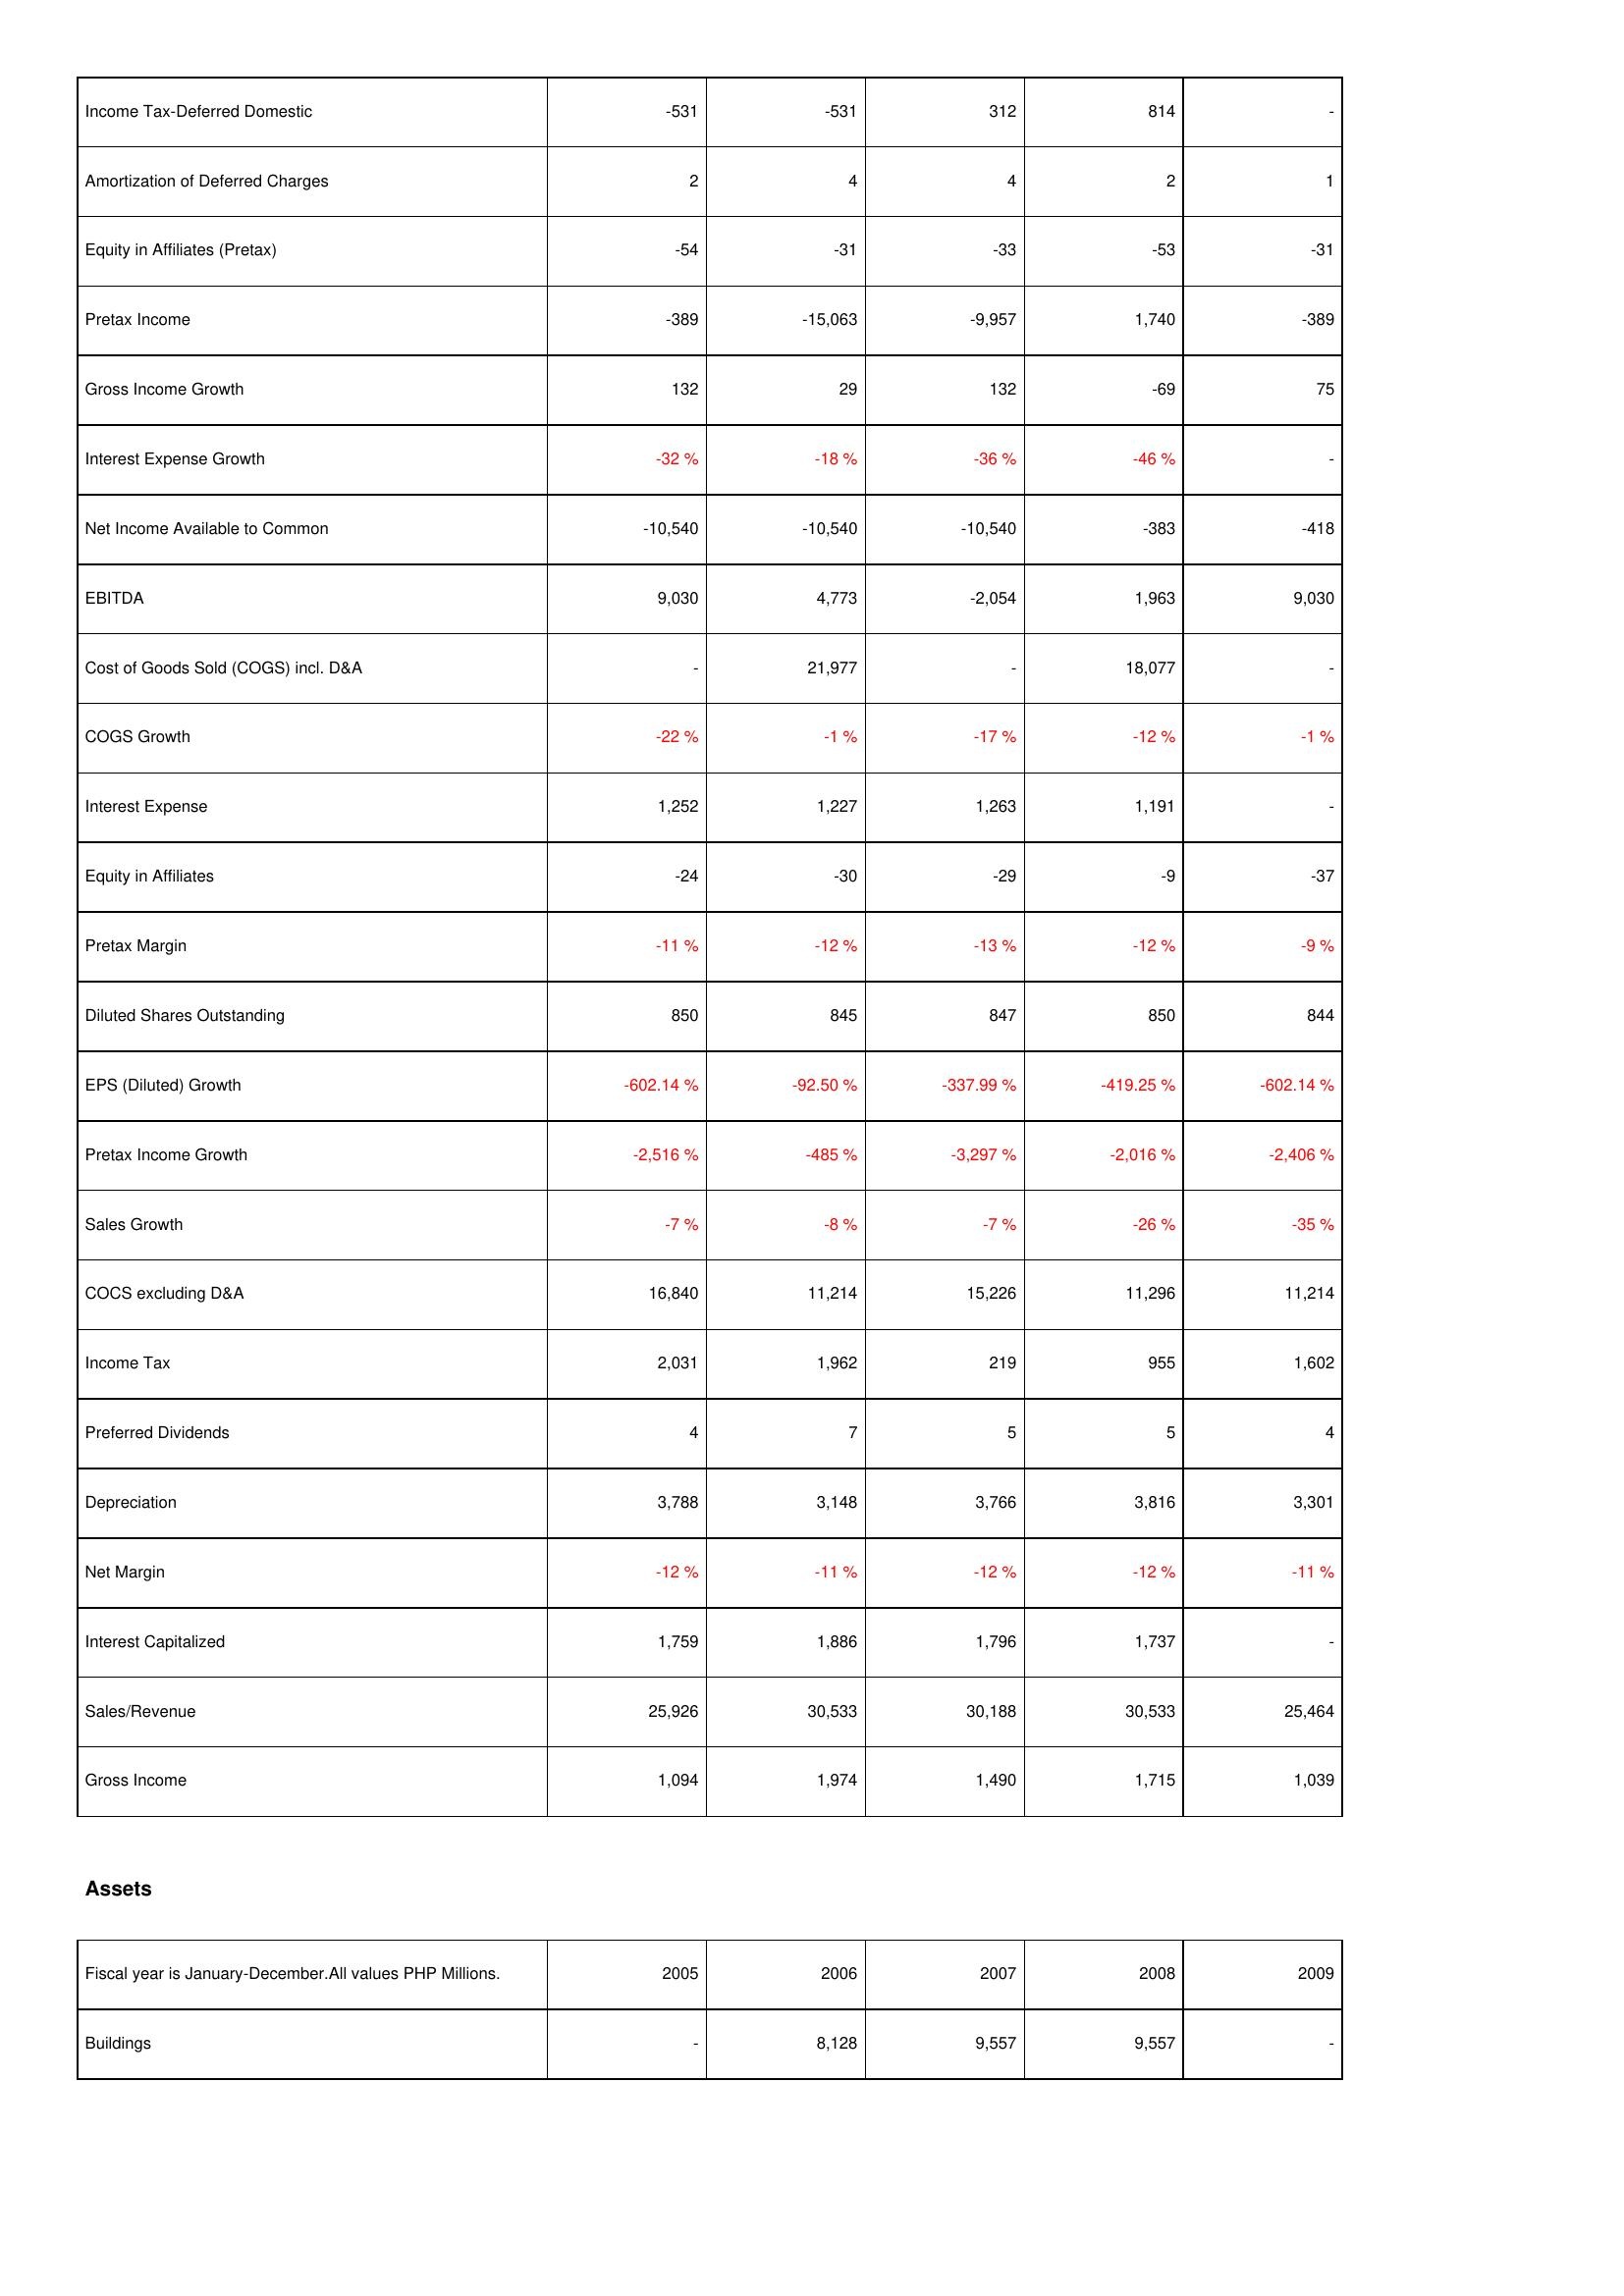
2005: Income Statement: Income Tax-Deferred Domestic: -531
Amortization of Deferred Charges: 2
Equity in Affiliates (Pretax): -54
Pretax Income: -389
Gross Income Growth: 132
Interest Expense Growth: -32 %
Net Income Available to Common: -10,540
EBITDA: 9,030
Cost of Goods Sold (COGS) incl. D&A: -
COGS Growth: -22 %
Interest Expense: 1,252
Equity in Affiliates: -24
Pretax Margin: -11 %
Diluted Shares Outstanding: 850
EPS (Diluted) Growth: -602.14 %
Pretax Income Growth: -2,516 %
Sales Growth: -7 %
COCS excluding D&A: 16,840
Income Tax: 2,031
Preferred Dividends: 4
Depreciation: 3,788
Net Margin: -12 %
Interest Capitalized: 1,759
Sales/Revenue: 25,926
Gross Income: 1,094
Assets: Buildings: -
2006: Income Statement: Income Tax-Deferred Domestic: -531
Amortization of Deferred Charges: 4
Equity in Affiliates (Pretax): -31
Pretax Income: -15,063
Gross Income Growth: 29
Interest Expense Growth: -18 %
Net Income Available to Common: -10,540
EBITDA: 4,773
Cost of Goods Sold (COGS) incl. D&A: 21,977
COGS Growth: -1 %
Interest Expense: 1,227
Equity in Affiliates: -30
Pretax Margin: -12 %
Diluted Shares Outstanding: 845
EPS (Diluted) Growth: -92.50 %
Pretax Income Growth: -485 %
Sales Growth: -8 %
COCS excluding D&A: 11,214
Income Tax: 1,962
Preferred Dividends: 7
Depreciation: 3,148
Net Margin: -11 %
Interest Capitalized: 1,886
Sales/Revenue: 30,533
Gross Income: 1,974
Assets: Buildings: 8,128
2007: Income Statement: Income Tax-Deferred Domestic: 312
Amortization of Deferred Charges: 4
Equity in Affiliates (Pretax): -33
Pretax Income: -9,957
Gross Income Growth: 132
Interest Expense Growth: -36 %
Net Income Available to Common: -10,540
EBITDA: -2,054
Cost of Goods Sold (COGS) incl. D&A: -
COGS Growth: -17 %
Interest Expense: 1,263
Equity in Affiliates: -29
Pretax Margin: -13 %
Diluted Shares Outstanding: 847
EPS (Diluted) Growth: -337.99 %
Pretax Income Growth: -3,297 %
Sales Growth: -7 %
COCS excluding D&A: 15,226
Income Tax: 219
Preferred Dividends: 5
Depreciation: 3,766
Net Margin: -12 %
Interest Capitalized: 1,796
Sales/Revenue: 30,188
Gross Income: 1,490
Assets: Buildings: 9,557
2008: Income Statement: Income Tax-Deferred Domestic: 814
Amortization of Deferred Charges: 2
Equity in Affiliates (Pretax): -53
Pretax Income: 1,740
Gross Income Growth: -69
Interest Expense Growth: -46 %
Net Income Available to Common: -383
EBITDA: 1,963
Cost of Goods Sold (COGS) incl. D&A: 18,077
COGS Growth: -12 %
Interest Expense: 1,191
Equity in Affiliates: -9
Pretax Margin: -12 %
Diluted Shares Outstanding: 850
EPS (Diluted) Growth: -419.25 %
Pretax Income Growth: -2,016 %
Sales Growth: -26 %
COCS excluding D&A: 11,296
Income Tax: 955
Preferred Dividends: 5
Depreciation: 3,816
Net Margin: -12 %
Interest Capitalized: 1,737
Sales/Revenue: 30,533
Gross Income: 1,715
Assets: Buildings: 9,557
2009: Income Statement: Income Tax-Deferred Domestic: -
Amortization of Deferred Charges: 1
Equity in Affiliates (Pretax): -31
Pretax Income: -389
Gross Income Growth: 75
Interest Expense Growth: -
Net Income Available to Common: -418
EBITDA: 9,030
Cost of Goods Sold (COGS) incl. D&A: -
COGS Growth: -1 %
Interest Expense: -
Equity in Affiliates: -37
Pretax Margin: -9 %
Diluted Shares Outstanding: 844
EPS (Diluted) Growth: -602.14 %
Pretax Income Growth: -2,406 %
Sales Growth: -35 %
COCS excluding D&A: 11,214
Income Tax: 1,602
Preferred Dividends: 4
Depreciation: 3,301
Net Margin: -11 %
Interest Capitalized: -
Sales/Revenue: 25,464
Gross Income: 1,039
Assets: Buildings: -